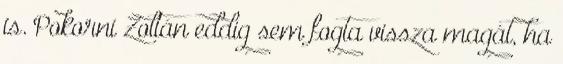
is. Pokorni Zoltán eddig sem fogta vissza magát, ha